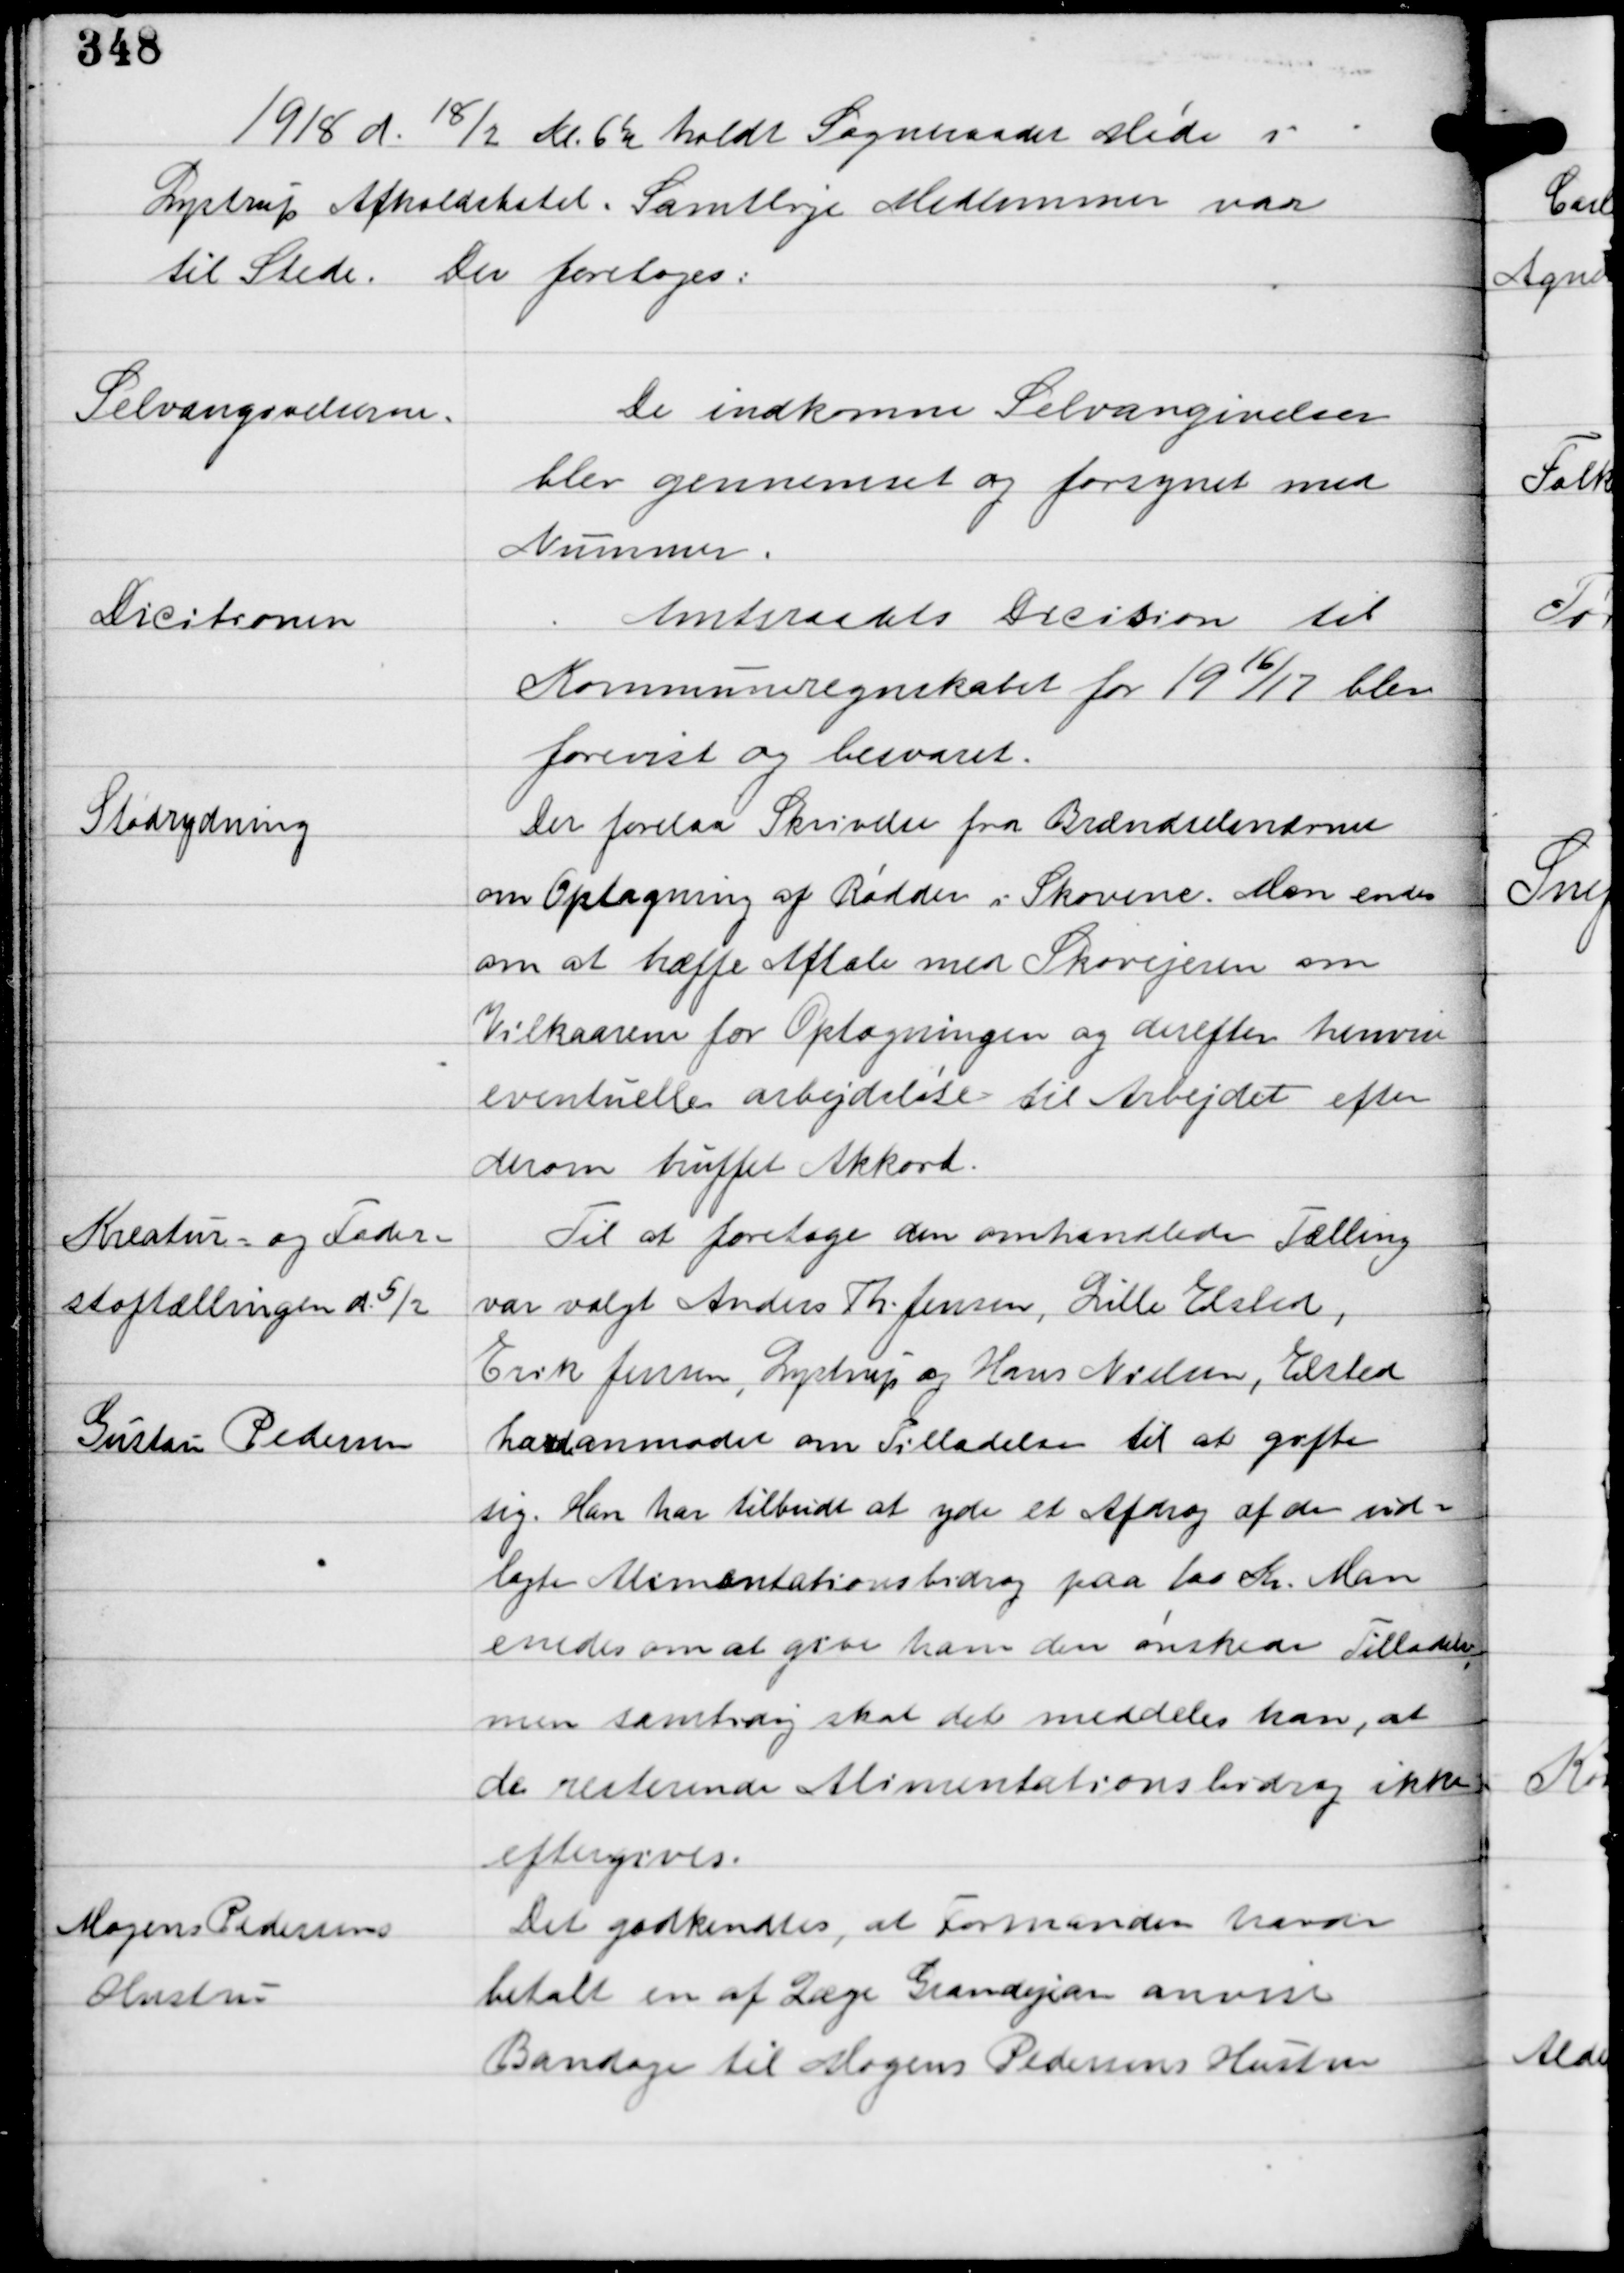
Transskription:
1918 d. 18/2 Kl. 6½ holdt Sogneraadet Møde i
Lystrup Afholdshotel. Samtlige Medlemmer var
til Stede. Der foretoges:

Selvangivelserne.

De indkomne Selvangivelser
blev gennemset og forsynet med
Nummer.

Dicitionen

Amtsraadets Dicition til
Kommuneregnskabet for 1916/17 blev
forevist og besvaret.

Stødrydning

Der forelaa Skrivelse fra Brændselsnævnet
om Optagning af Rødder i Skovene. Man enedes
om at træffe Aftale med Skovejeren om
Vilkaarene for Optagningen og derefter henvise
eventuelle arbejdsløse til Arbejdet efter
derom truffet Akkord.

Kreatur- og Foder-
stoftællingen d. 5/2

Til at foretage den omhandlede Tælling
var valgt Anders Th. Jensen, Lille Elsted,
Erik Jensen, Lystrup og Hans Nielsen, Elsted.

Gustau Pedersen

har anmodet om Tilladelse til at gifte
sig. Han har tilbudt at yde et Afdrag af den ud-
lagte Alimentationsbidrag paa 100 Kr. Man
enedes om at give ham den ønskede Tilladelse
men samtidig skal det meddeles han, at
de resterende Alimentationsbidrag ikke
eftergives.

Mogens Petersens
Hustru

Det godkendtes, at Formanden havde
betalt en af Læge Grandjean anvist
Bandage til Mogens Pedersens Hustru.